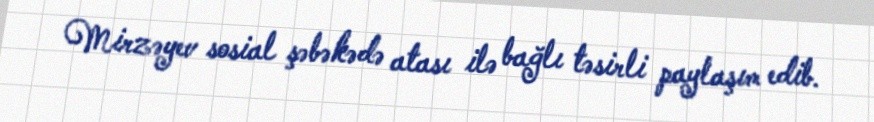
Mirzəyev sosial şəbəkədə atası ilə bağlı təsirli paylaşım edib.